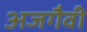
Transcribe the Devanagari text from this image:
अजगैवी